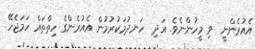
އެއުރެންނީ  ވި މީހުންނެވެ. އަދި  ހަނދުމަކުރުމުން އެއުރެންގެ ހިތްތައް ހަމަޖެހޭ